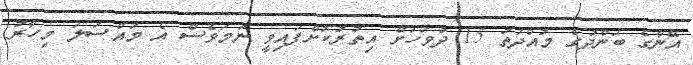
އޭނާގެ ބަންދުގެ މުއްދަތު 15 ދުވަހަށް އިތުރުކޮށްފައިވީ ނަމަވެސް އެ މައްސަލަ މިހާރު